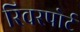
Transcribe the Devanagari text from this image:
रिवरपोर्ट